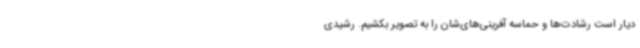
دیار است رشادت‌ها و حماسه آفرینی‌های‌شان را به تصویر بکشیم. رشیدی